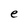
Character: e